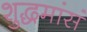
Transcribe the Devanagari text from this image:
शुद्धमांसं